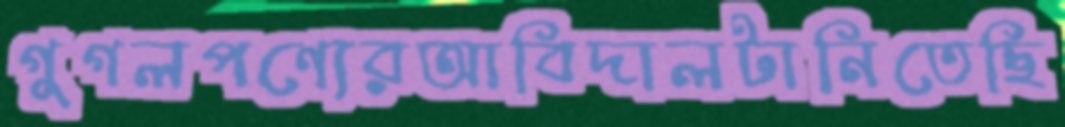
গুগলপণ্যেরআবিদালটানিতেছি